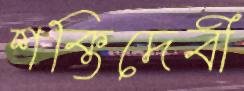
শক্তিদেবী